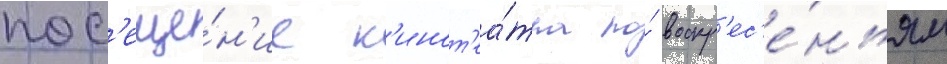
пос'еще́н'ие к'инот'еа́тра по́ воскр'ес'е́ньям